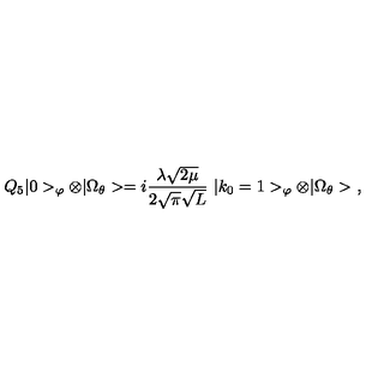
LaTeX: Q _ { 5 } | 0 > _ { \varphi } \otimes | \Omega _ { \theta } > = i \frac { \lambda \sqrt { 2 \mu } } { 2 \sqrt { \pi } \sqrt { L } } \ | k _ { 0 } = 1 > _ { \varphi } \otimes | \Omega _ { \theta } > \ ,